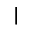
\vert